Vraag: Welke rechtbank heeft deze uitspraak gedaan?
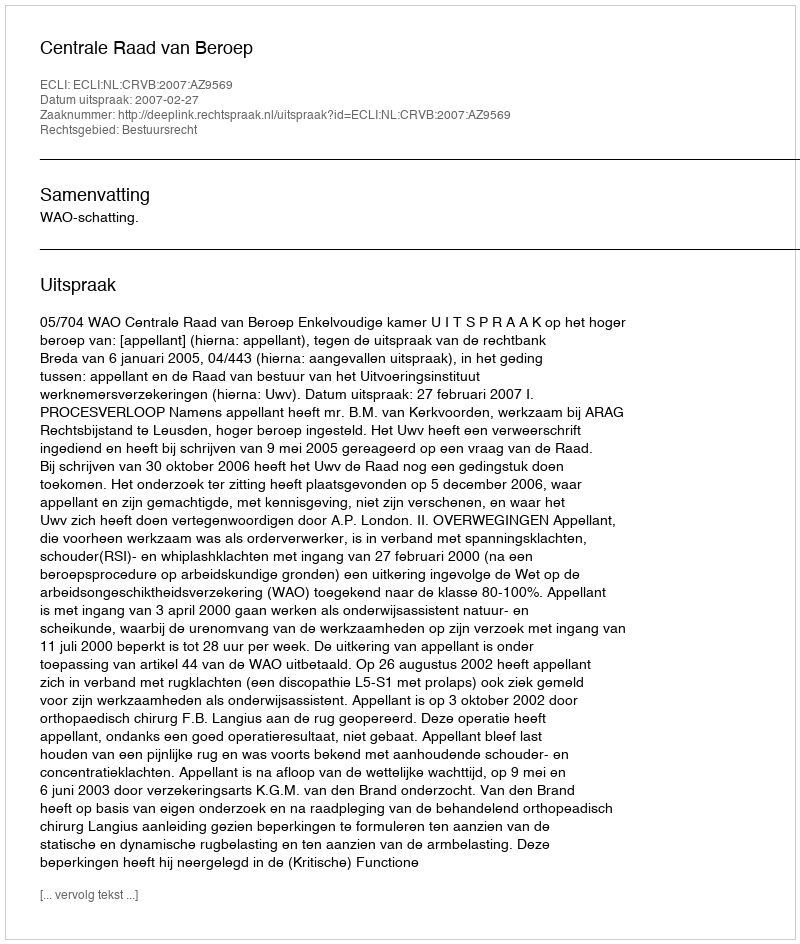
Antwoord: Centrale Raad van Beroep